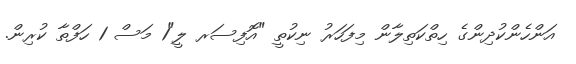
އަންހެންކުދިންގެ ހިތްކަތިލާން މިފަހަރު ނިކުތީ "އޮފިސަރ ލީ"1 މަސް 1 ހަފްތާ ކުރިން.